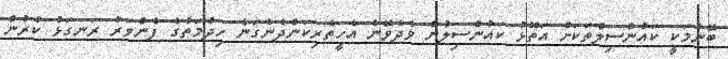
ބޭނުމަކީ ކައުންސިލްތަކަށް އަތޮޅު ކައުންސިލުން ވެދެވޭނެ އެހީތެރިކަންދެނެގަނެ ހިދުމަތުގެ ފެންވަރު ރަނގަޅު ކުރުން